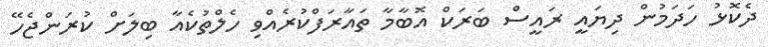
ދެކޮޅު ހަދަމުން ދިޔައީ ރައީސް ބަރަކް އޮބާމާ ތައާރަފްކުރެއްވި ހެލްތުކެއާ ބިލަށް ކުރަންޖެހޭ